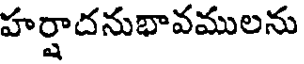
హర్షాదనుభావములను